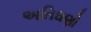
અતિઘણો